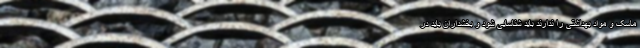
ماسک و مواد بهداشتی را ندارند باید شناسایی شود و بخشداران باید در